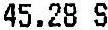
45.28 S